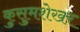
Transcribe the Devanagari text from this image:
कुसुमशेखर